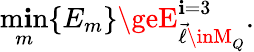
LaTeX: \operatorname*{m\mathbf{i}n}_{m}\{ E_{m}\} \geE_{\vec{{\ell}}\inM_{Q}}^{\mathbf{i}=3}.